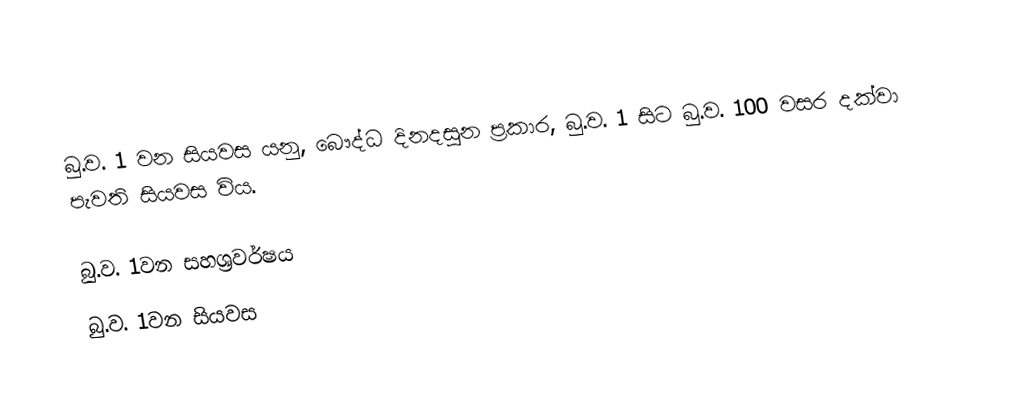
බු.ව. 1 වන සියවස යනු,   බෞද්ධ දිනදසුන ප්‍රකාර,  බු.ව. 1  සිට බු.ව. 100 වසර දක්වා පැවති සියවස විය.

බු.ව. 1වන සහශ්‍රවර්ෂය
බු.ව. 1වන සියවස